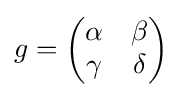
\displaystyle {g={\begin{pmatrix}\alpha &\beta \\\gamma &\delta \end{pmatrix}}}